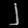
Digit: ၂